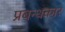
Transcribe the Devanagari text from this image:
प्रबन्धकार